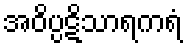
အဝိပ္ပဋိသာရကရံ